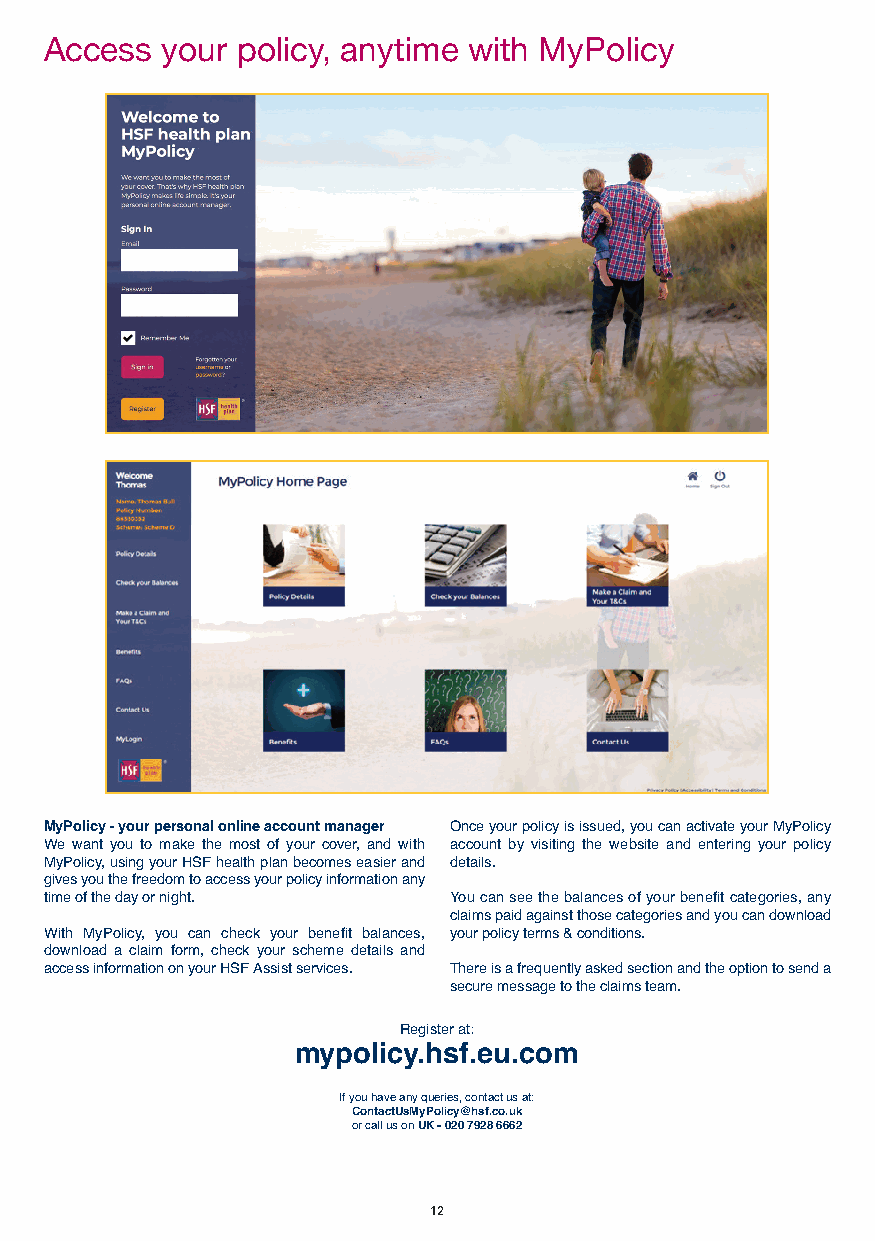
MD009 HSF UK Direct Full Brochure App Aug 2019.qxp_A5 brochure 09/08/2019 16:37 Page 12
 Access  your policy, anytime with MyPolicy              P
 MyPolicy - your personal online account manager Once your policy is issued, you can activate your MyPolicy
 We want you to make the most of your cover, and with account by visiting the website and entering your policy
 MyPolicy, using your HSF health plan becomes easier and details.
 gives you the freedom to access your policy information any
 time of the day or night.  You can see the balances of your benefit categories, any
 claims paid against those categories and you can download
 With MyPolicy, you can check your benefit balances, y our policy terms & conditions.
 download a claim form, check your scheme details and
 access information on your HSF Assist services. There is a frequently asked section and the option to send a
 secure message to the claims team.
 Register at:
 mypolicy.hsf.eu.com
 If you have any queries, contact us at:
 ContactUsMyPolicy@hsf.co.uk
 or call us on UK - 020 7928 6662
 12